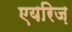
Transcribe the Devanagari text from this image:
एयरिज़